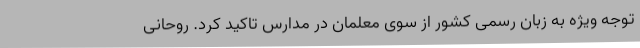
توجه ویژه به زبان رسمی کشور از سوی معلمان در مدارس تاکید کرد. روحانی